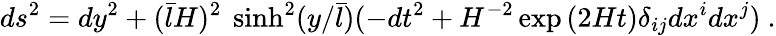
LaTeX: ds^{2}=dy^{2}+(\bar{l}H)^{2}\ \sinh^{2}(y/\bar{l})(-dt^{2}+H^{-2}\exp{(2Ht)}\delta_{ij}dx^{i}dx^{j})\ .